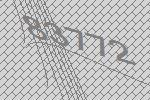
83772